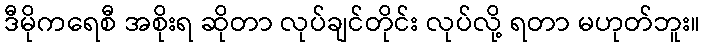
ဒီမိုကရေစီ အစိုးရ ဆိုတာ လုပ်ချင်တိုင်း လုပ်လို့ ရတာ မဟုတ်ဘူး။